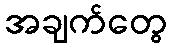
အချက်တွေ